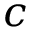
c